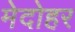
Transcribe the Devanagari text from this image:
मेदोहर